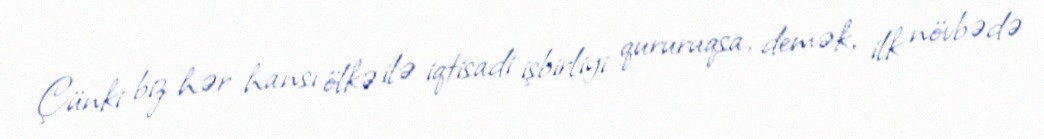
Çünki biz hər hansı ölkə ilə iqtisadi işbirliyi qururuqsa, demək, ilk növbədə